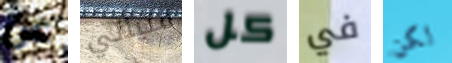
عن فتياتي كل في لكن